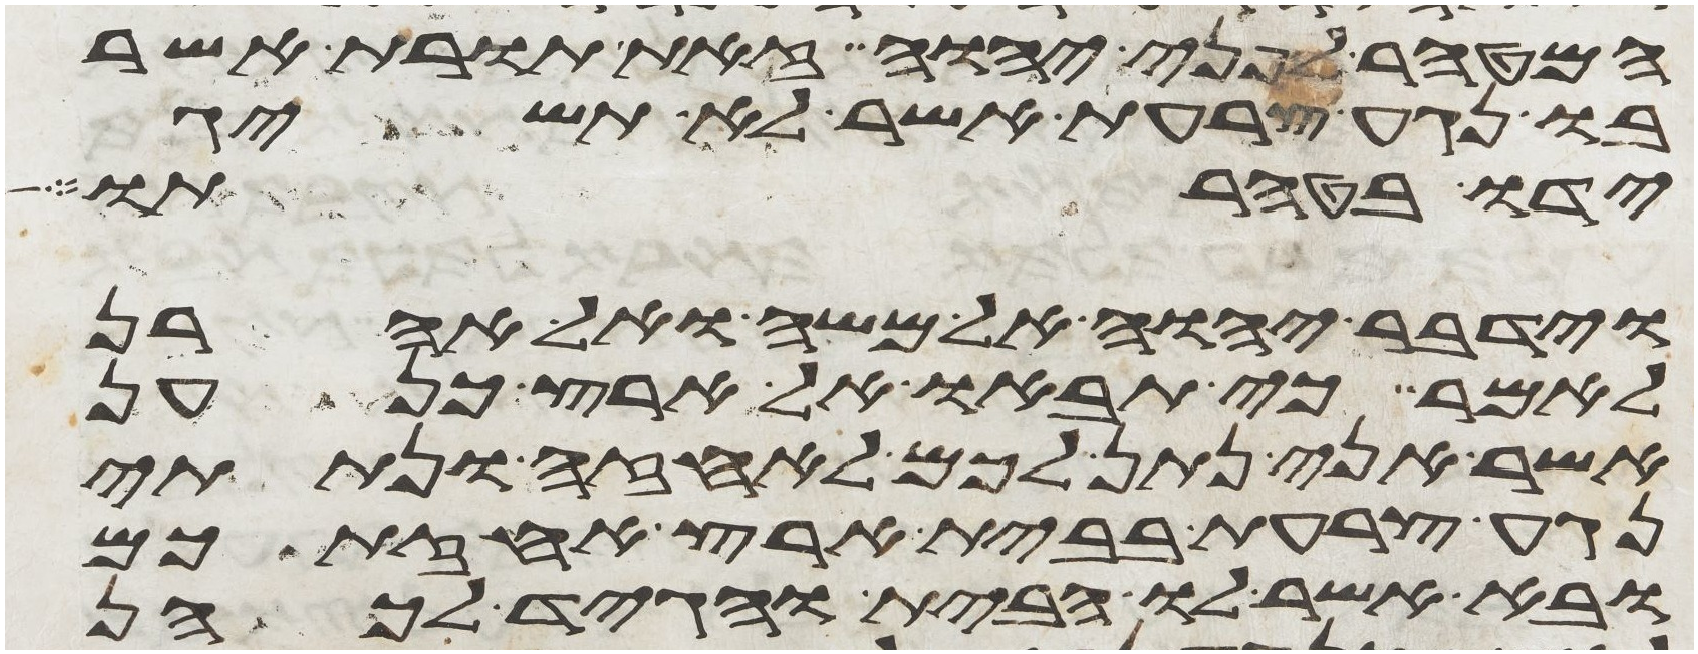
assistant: המטהר לפני יהוה זאת תורת אשר
בו נגע צרעת אשר לא תשיג
ידו בטהרתו
וידבר יהוה אל משה ואל אהרן
לאמר כי תבאו אל ארץ כנען
אשר אני נתן לכם לאחזה ונתתי
נגע צרעת בבית ארץ אחזתכם
ובא אשר לו הבית והגיד לכהן